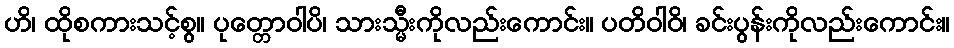
ဟိ၊ ထိုစကားသင့်စွ။ ပုတ္တောဝါပိ၊ သားသ္မီးကိုလည်းကောင်း။ ပတိဝါဝိ၊ ခင်းပွန်းကိုလည်းကောင်း။